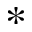
*